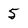
Character: 5